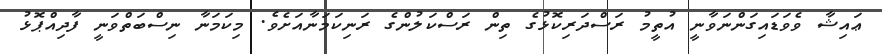
ޢައިޝާ ވެވަޑައިގަންނަވާނީ އުތީމު ރަސްދަރިކޮޅުގެ ތިން ރަސްކަލުންގެ ރަނިކަމަނާއަށެވެ. މިކަމަނާ ނިސްބަތްވަނީ ފާދިއްޕޮޅު